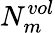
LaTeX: N_{m}^{vol}